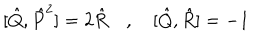
[ \hat { Q } , \hat { P } ^ { 2 } ] = 2 \hat { R } \quad , \quad [ \hat { Q } , \hat { R } ] = - 1